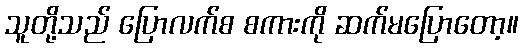
သူတို့သည် ပြောလက်စ စကားကို ဆက်မပြောတော့။